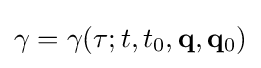
\gamma =\gamma (\tau ;t,t_{0},\mathbf {q} ,\mathbf {q} _{0})